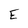
Character: E